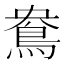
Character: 鴦